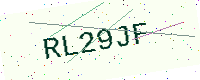
Text: RL29JF